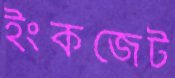
ইংকজেট